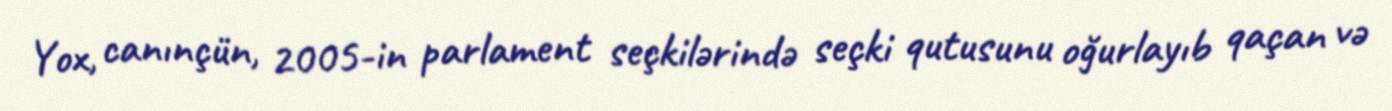
Yox, canınçün, 2005-in parlament seçkilərində seçki qutusunu oğurlayıb qaçan və